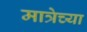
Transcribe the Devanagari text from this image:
मात्रेच्या